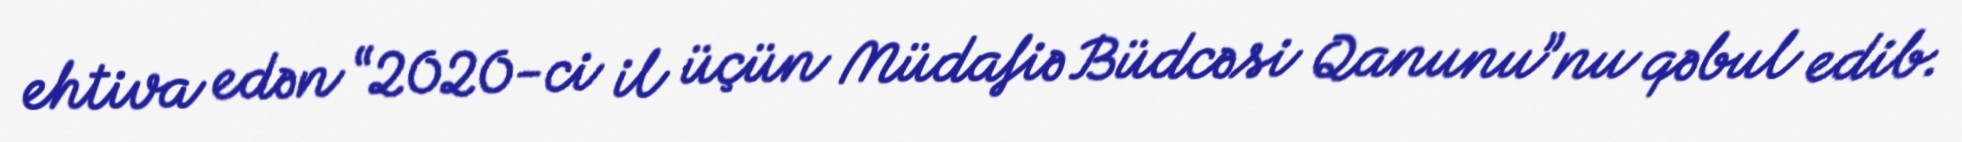
ehtiva edən “2020-ci il üçün Müdafiə Büdcəsi Qanunu”nu qəbul edib.